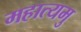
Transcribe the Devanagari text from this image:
महात्यमु